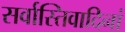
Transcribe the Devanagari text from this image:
सर्वास्तिवादिनां